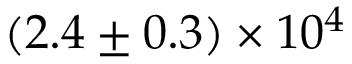
( 2 . 4 \pm 0 . 3 ) \times 1 0 ^ { 4 }